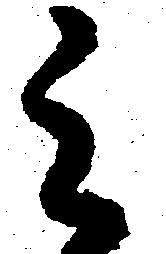
之